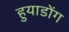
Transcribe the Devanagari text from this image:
हुयाडोंग